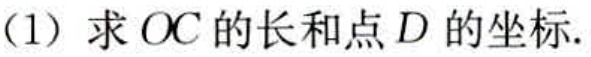
(1) 求 \(OC\) 的长和点 \(D\) 的坐标.